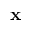
{ \bf x }